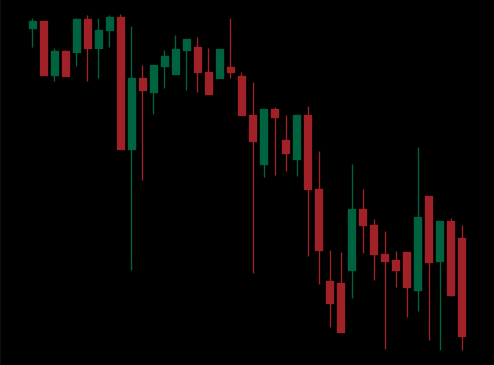
Pattern: unclassified